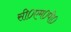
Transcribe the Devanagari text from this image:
सी०एम०पी०